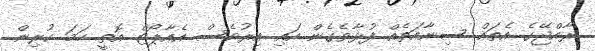
ރާއްޖޭގެ އެތައް ސިނާއަތެއް ފުޅާވެގެން އައި އިރުވެސް އެއާޕޯޓް އޮތީ ހަމަ ކުރިން